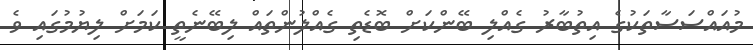
މުއައްސަސާތަކުގެ އިތުބާރު ގެއްލި ބޭންކަށް ބޮޑެތި ގެއްލުންތައް ލިބޭނެތީ ކަމަށް ލިޔުމުގައި ވެ